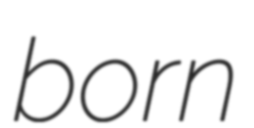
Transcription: born